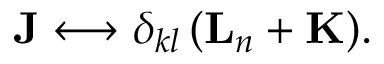
{ \mathbf { J } } \longleftrightarrow \delta _ { k l } \, ( { \mathbf { L } } _ { n } + { \mathbf { K } } ) .